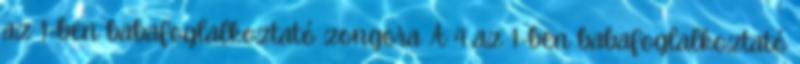
az 1-ben babafoglalkoztató zongora A 4 az 1-ben babafoglalkoztató